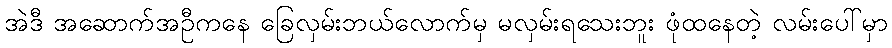
အဲဒီ အဆောက်အဦကနေ ခြေလှမ်းဘယ်လောက်မှ မလှမ်းရသေးဘူး ဖုံထနေတဲ့ လမ်းပေါ်မှာ